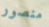
منصور